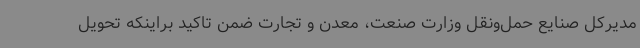
مدیرکل صنایع حمل‌ونقل وزارت صنعت، معدن و تجارت ضمن تاکید براینکه تحویل